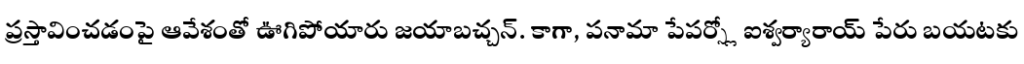
ప్రస్తావించడంపై ఆవేశంతో ఊగిపోయారు జయాబచ్చన్. కాగా, పనామా పేపర్స్లో ఐశ్వర్యారాయ్ పేరు బయటకు